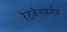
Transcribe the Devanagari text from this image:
रेटज़ेनबर्गर